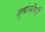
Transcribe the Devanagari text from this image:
सुबानसिरी